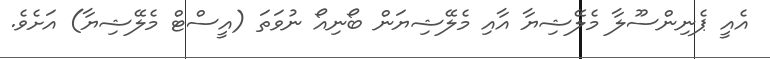
އެއީ ޕެނިންސޫލާ މެލޭޝިޔާ އާއި މެލޭޝިޔަން ބޯނިއޯ ނުވަތަ (އީސްޓް މެލޭޝިޔާ) އަށެވެ.